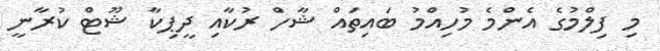
މި ފިލްމުގެ އެންމެ މުހިއްމު ބައިތައް ޝާހް ރުކާއި ދީޕިކާ ޝޫޓް ކުރާނީ